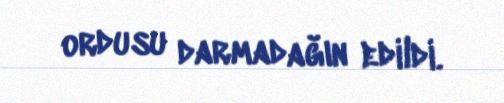
ordusu darmadağın edildi.